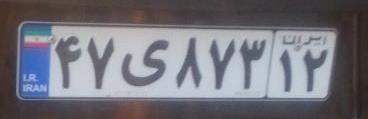
۴۷ی۸۷۳۱۲